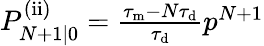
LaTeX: \begin{array}{r}{P_{N+1|0}^{\mathrm{(ii)}}=\frac{\tau_{\mathrm{m}}-N\tau_{\mathrm{d}}}{\tau_{\mathrm{d}}}p^{N+1}}\end{array}